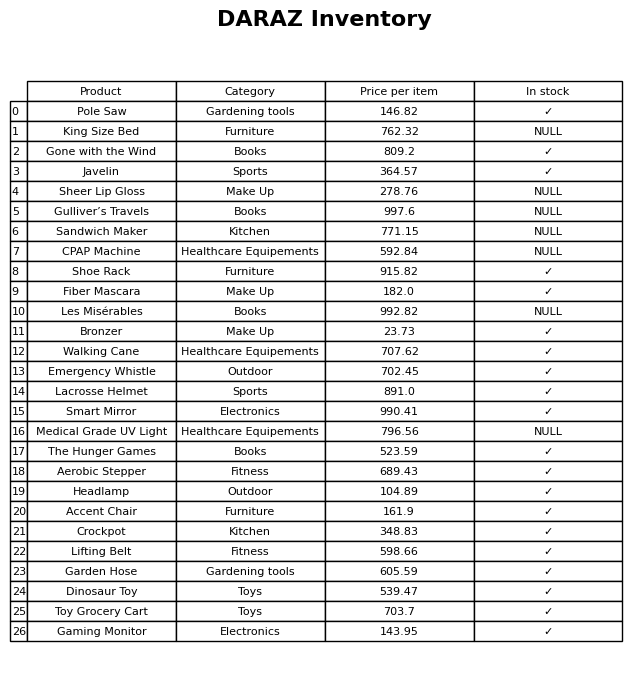
question: What is the price for Gulliver’s Travels?
answer: The price of Gulliver’s Travels is 997.6.